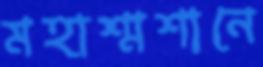
মহাশ্মশানে